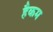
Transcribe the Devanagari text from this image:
हैकम